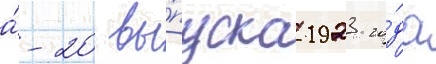
а́-20 вы́пуска 1923 го́да